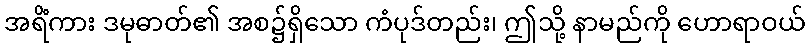
အရိံကား ဒမုဓာတ်၏ အစ၌ရှိသော ကံပုဒ်တည်း၊ ဤသို့ နာမည်ကို ဟောရာဝယ်